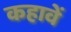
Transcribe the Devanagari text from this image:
कहावें